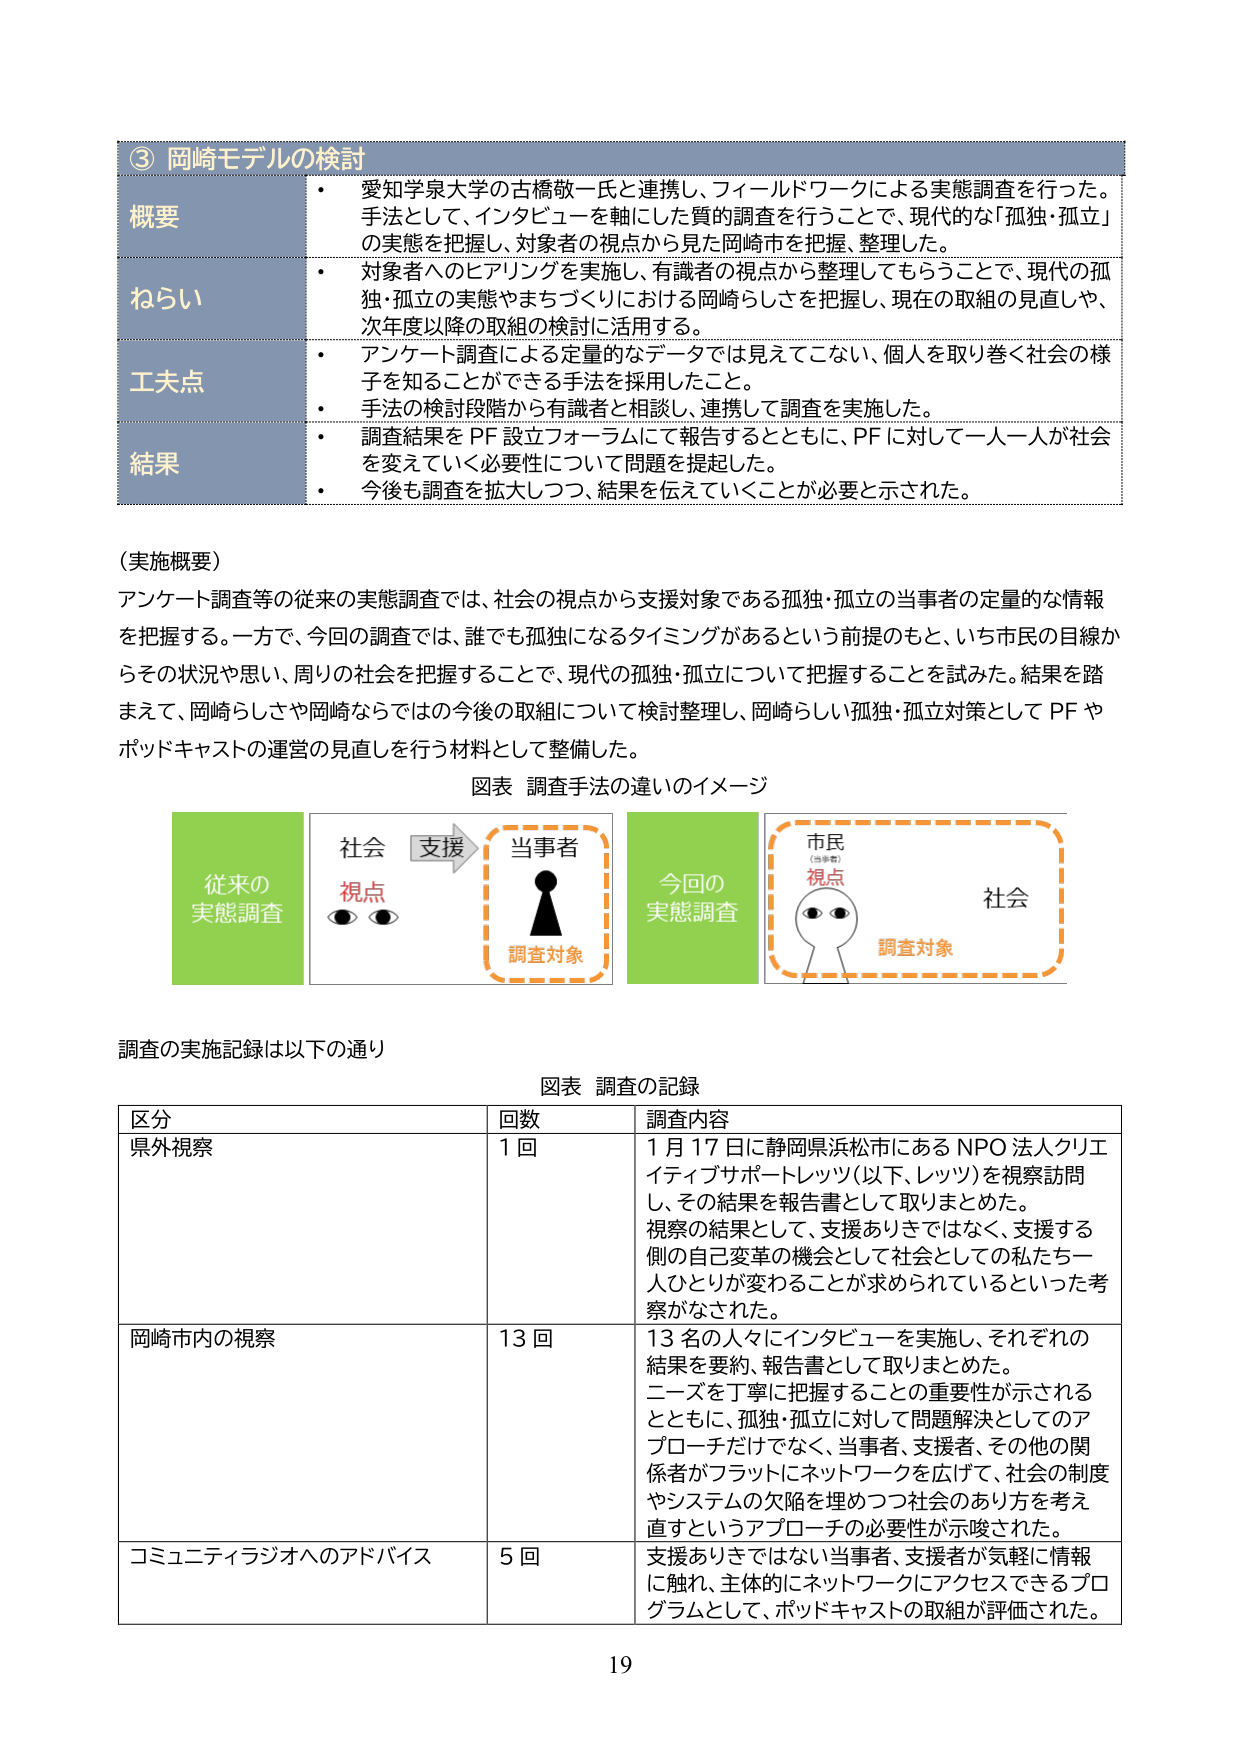
③ 岡崎モデルの検討

概要
・ 愛知学泉大学の古橋敬一氏と連携し、フィールドワークによる実態調査を行った。手法として、インタビューを軸にした質的調査を行うことで、現代的な「孤独・孤立」の実態を把握し、対象者の視点から見た岡崎市を把握、整理した。

ねらい
・ 対象者へのヒアリングを実施し、有識者の視点から整理してもらうことで、現代的孤独・孤立の実態やまちづくりにおける岡崎らしさを把握し、現在の取組の見直しや、次年度以降の取組の検討に活用する。

工夫点
・ アンケート調査による定量的なデータでは見えてこない、個人を取り巻く社会の様子を知ることができる手法を採用したこと。
・ 手法の検討段階から有識者と相談し、連携して調査を実施した。

結果
・ 調査結果を PF 設立フォーラムにて報告するとともに、PF に対して一人一人が社会を変えていく必要性について問題を提起した。
・ 今後も調査を拡大しつつ、結果を伝えていくことが必要と示された。

（実施概要）
アンケート調査等の従来の実態調査では、社会の視点から支援対象である孤独・孤立の当事者の定量的な情報を把握する。一方で、今回の調査では、誰でも孤独になるタイミングがあるという前提のもと、いち市民の目線からその状況や思い、周りの社会を把握することで、現代的孤独・孤立について把握することを試みた。結果を踏まえて、岡崎らしさや岡崎ならではの今後の取組について検討整理し、岡崎らしい孤独・孤立対策として PF やポッドキャストの運営の見直しを行う材料として整備した。

図表 調査手法の違いのイメージ

従来の
実態調査

社会
視点
支援
当事者
調査対象

今回の
実態調査

市民
（当事者）
視点
社会
調査対象

調査の実施記録は以下の通り

図表 調査の記録

区分 回数 調査内容
県外視察 1 回 1月17日に静岡県浜松市にあるNPO法人クリエイティビティサポートレッツ（以下、レッツ）を視察訪問し、その結果を報告書として取りまとめた。視察の結果として、支援ありきではなく、支援する側の自己変革の機会として社会としての私たち一人ひとりが変わることが求められているといった考察がなされた。

岡崎市内の視察 13 回 13名の人々にインタビューを実施し、それぞれの結果を要約、報告書として取りまとめた。ニーズを丁寧に把握することの重要性が示されるとともに、孤独・孤立に対して問題解決としてのアプローチだけでなく、当事者、支援者、その他の関係者がフラットにネットワークを広げて、社会の制度やシステムの欠陥を埋めつつ社会のあり方を考え直すというアプローチの必要性が示唆された。

コミュニティラジオへのアドバイス 5 回 支援ありきではない当事者、支援者が気軽に情報に触れ、主体的にネットワークにアクセスできるプログラムとして、ポッドキャストの取組が評価された。

19